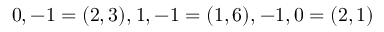
\b _ { 0 , - 1 } = ( 2 , 3 ) , \b _ { 1 , - 1 } = ( 1 , 6 ) , \b _ { - 1 , 0 } = ( 2 , 1 )